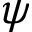
\psi